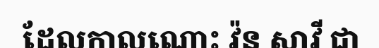
ដែលកាលណោះ វ៉ន សាវី ជា